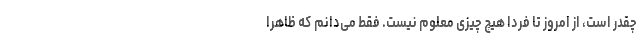
چقدر است، از امروز تا فردا هیچ چیزی معلوم نیست. فقط می‌دانم که ظاهراً